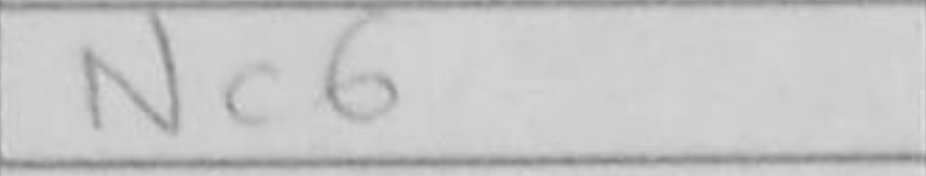
Transcription: Nc6